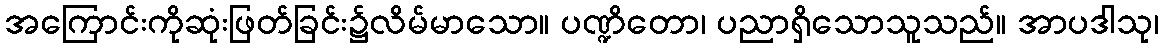
အကြောင်းကိုဆုံးဖြတ်ခြင်း၌လိမ်မာသော။ ပဏ္ဍိတော၊ ပညာရှိသောသူသည်။ အာပဒါသု၊